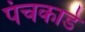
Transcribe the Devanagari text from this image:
पंचकार्ड